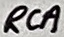
Text: RCA